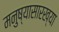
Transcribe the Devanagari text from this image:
मनुष्यासारख्या